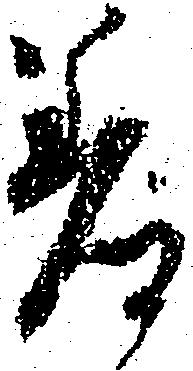
差